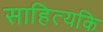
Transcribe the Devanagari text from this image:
साहित्यकि